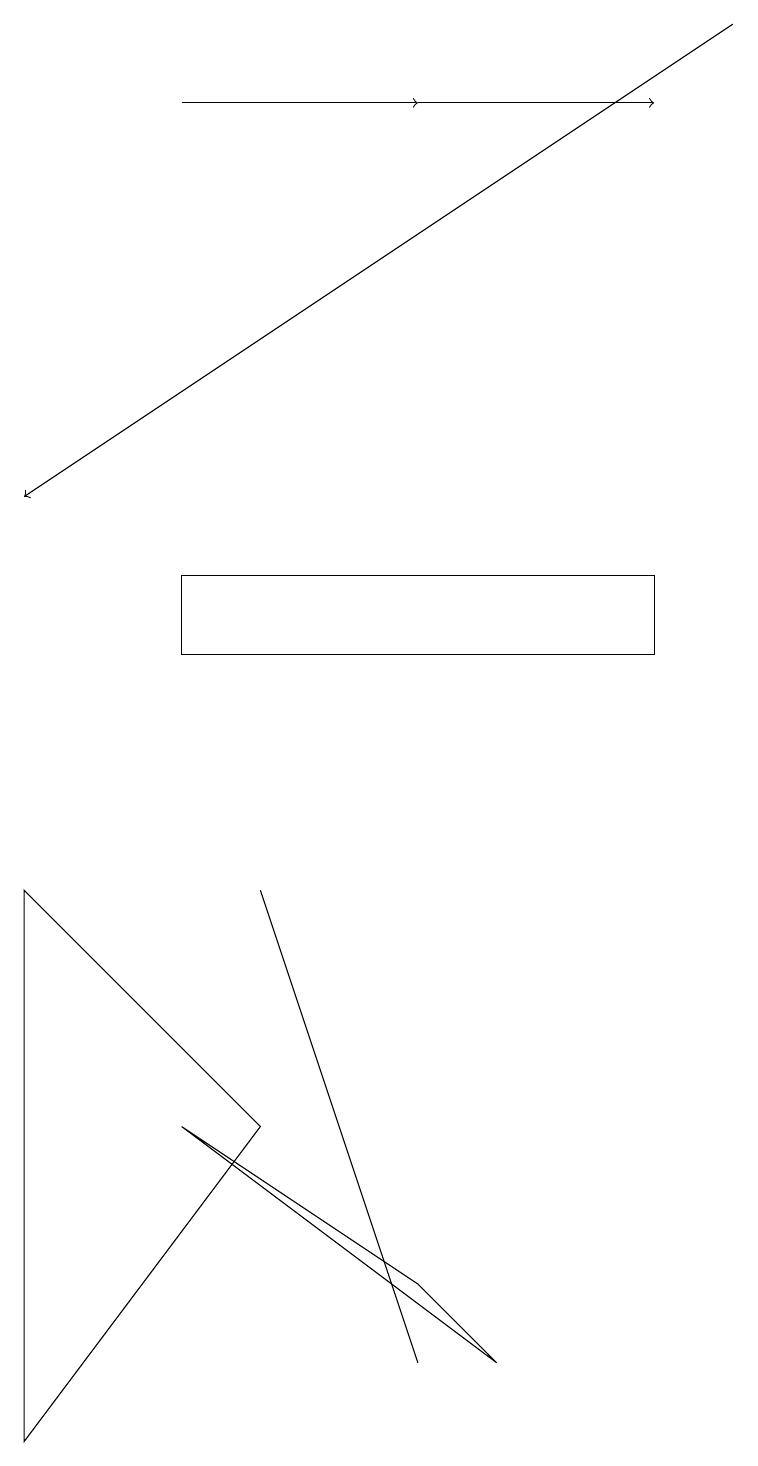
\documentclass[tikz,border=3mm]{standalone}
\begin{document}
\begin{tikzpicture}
\draw[->] (5,18) -- (8,18);
\draw[->] (9,19) -- (0,13);
\draw (0,1) -- (3,5) -- (0,8) -- cycle;
\draw[->] (2,18) -- (5,18);
\draw (5,3) -- (6,2) -- (2,5) -- cycle;
\draw (5,2) -- (3,8) -- (4,5) -- cycle;
\draw (8,11) rectangle (2,12);
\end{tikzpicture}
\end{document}